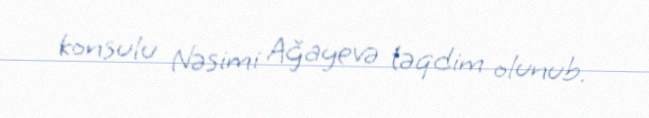
konsulu Nəsimi Ağayevə təqdim olunub.